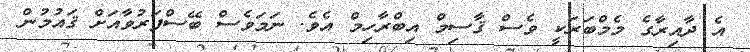
އެ ދާއިރާގެ މެމްބަރަކީ ވެސް ޤާސިމް އިބްރާހިމް އެވެ. ނަމަވެސް ބޭސްފަރުވާއަށް ޤައުމުން